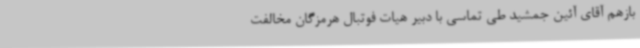
بازهم آقای آئین جمشید طی تماسی با دبیر هیات فوتبال هرمزگان مخالفت